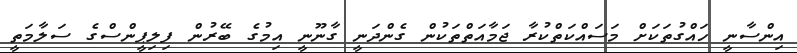
އިންސާނީ ހައްގުތަކަށް މަސައްކަތްކުރާ ޖަމާއަތްތަކުން ގެންދަނީ ގާނޫނީ އިމުގެ ބޭރުން ފިލިޕީންސްގެ ސަލާމަތީ